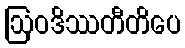
ဩဝဒိဿတီတိပေ